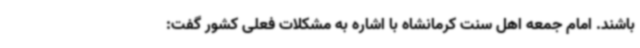
باشند. امام جمعه اهل سنت کرمانشاه با اشاره به مشکلات فعلی کشور گفت: